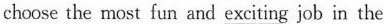
choose the most fun and exciting job in the